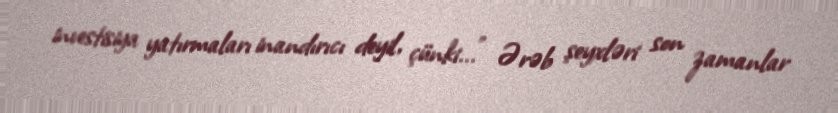
investisiya yatırmaları inandırıcı deyil, çünki...” Ərəb şeyxləri son zamanlar